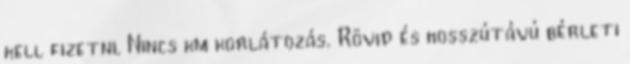
kell fizetni. Nincs km korlátozás. Rövid és hosszútávú bérleti